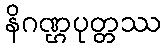
နိဂဏ္ဌပုတ္တဿ